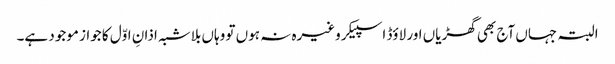
البتہ جہاں آج بھی گھڑیاں اور لاؤڈ اسپیکر وغیرہ نہ ہوں تو وہاں بلاشبہ اذانِ اوّل کا جواز موجود ہے۔